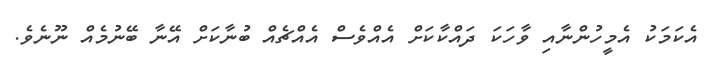
އެކަމަކު އެމީހުންނާއި ވާހަކަ ދައްކާކަށް އެއްވެސް އެއްޗެއް ބުނާކަށް އޭނާ ބޭނުމެއް ނޫނެވެ.